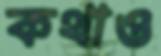
কথাও